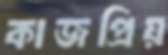
কাজপ্রিয়